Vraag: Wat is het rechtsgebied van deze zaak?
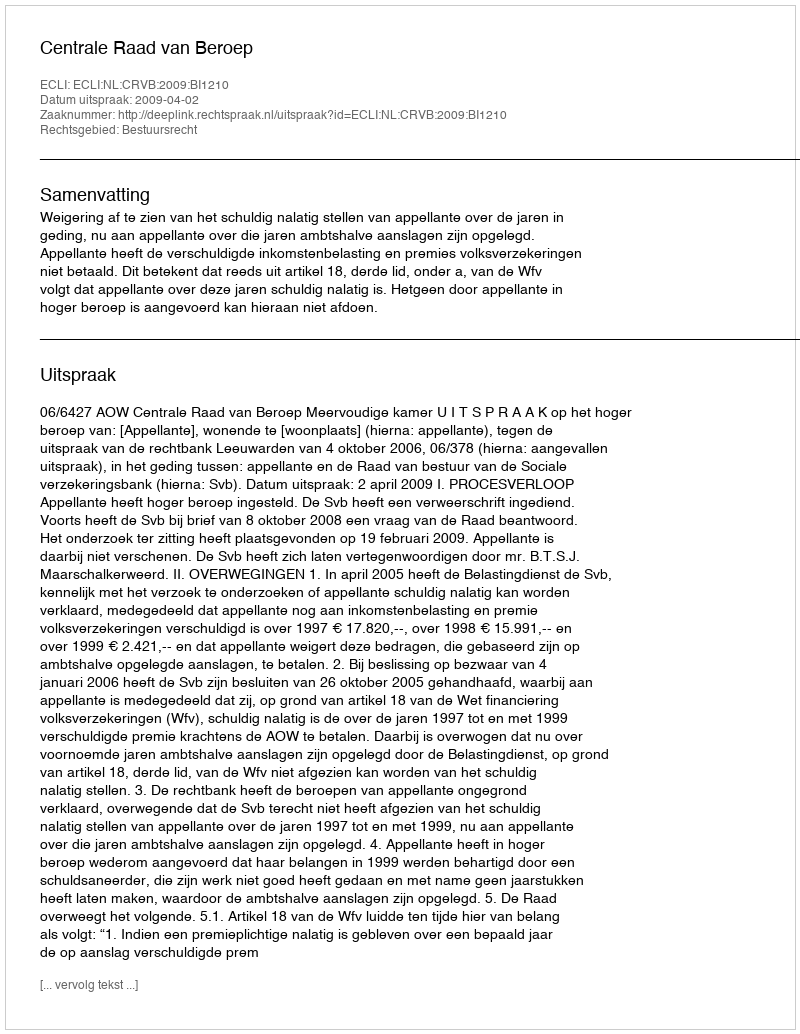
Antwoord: Bestuursrecht